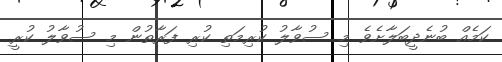
ކަމެއް ބުނެދީބަލާށެވެ މި ސުވާލު ކުރިމަތި ކުރި ފަރާތުން މި ސުވާލު ކުރީ